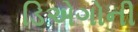
ડિએગોની